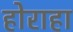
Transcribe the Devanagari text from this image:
होराहा